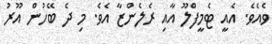
ވެއެވެ. އެއީ ޓެމީފްލޫ އާއި ރެލެންޒާ އެވެ. މި ދެ ބޭހުން އޫރު